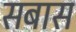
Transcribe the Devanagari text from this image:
सबास